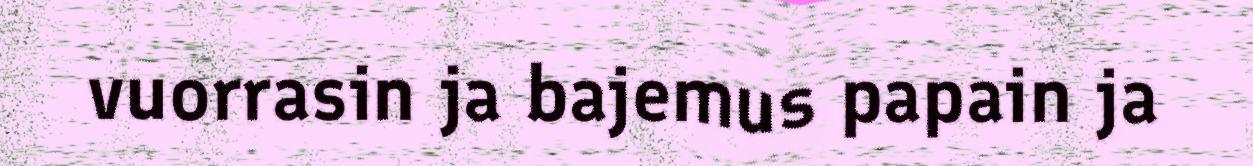
vuorrasin ja bajemus papain ja